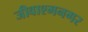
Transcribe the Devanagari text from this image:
जीवाश्मनगर